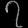
Digit: ၇